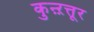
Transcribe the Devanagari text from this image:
कुऩ्ऱत्तूर